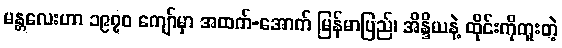
မန္တလေးဟာ ၁၉၇၀ ကျော်မှာ အထက်-အောက် မြန်မာပြည်၊ အိန္ဒိယနဲ့ ထိုင်းကိုကူးတဲ့